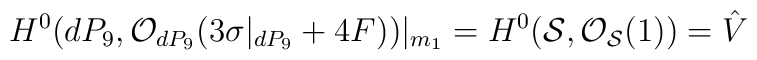
H^{0}(dP_9, {\cal O}_{dP_9}(3 \sigma|_{dP_9} +4F))|_{m_1}=H^{0}({\cal S}, {\cal O}_{{\cal S}}(1)) = \hat{V}